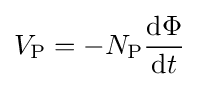
V_{\text{P}}=-N_{\text{P}}{\frac {\mathrm {d} \Phi }{\mathrm {d} t}}